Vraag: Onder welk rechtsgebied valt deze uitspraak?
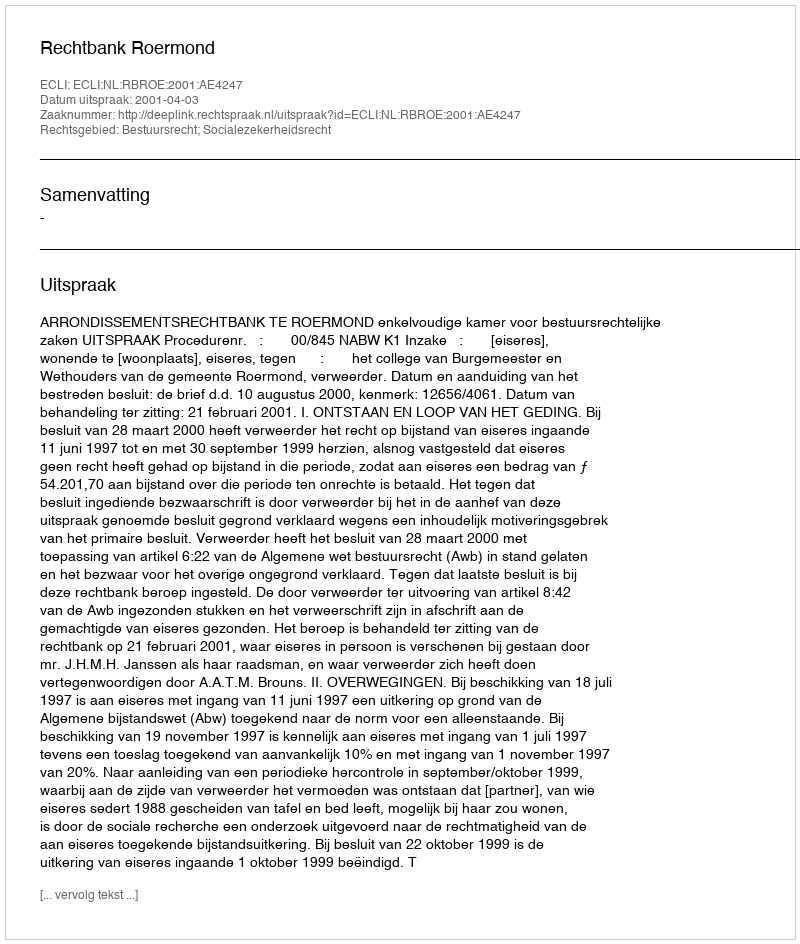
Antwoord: Bestuursrecht; Socialezekerheidsrecht